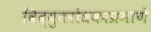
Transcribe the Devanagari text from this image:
विद्युतरोधकाप्रमाणे